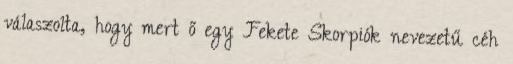
válaszolta, hogy mert ő egy Fekete Skorpiók nevezetű céh